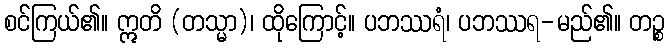
စင်ကြယ်၏။ ဣတိ (တသ္မာ)၊ ထိုကြောင့်။ ပဘဿရံ၊ ပဘဿရ-မည်၏။ တဉ္စ